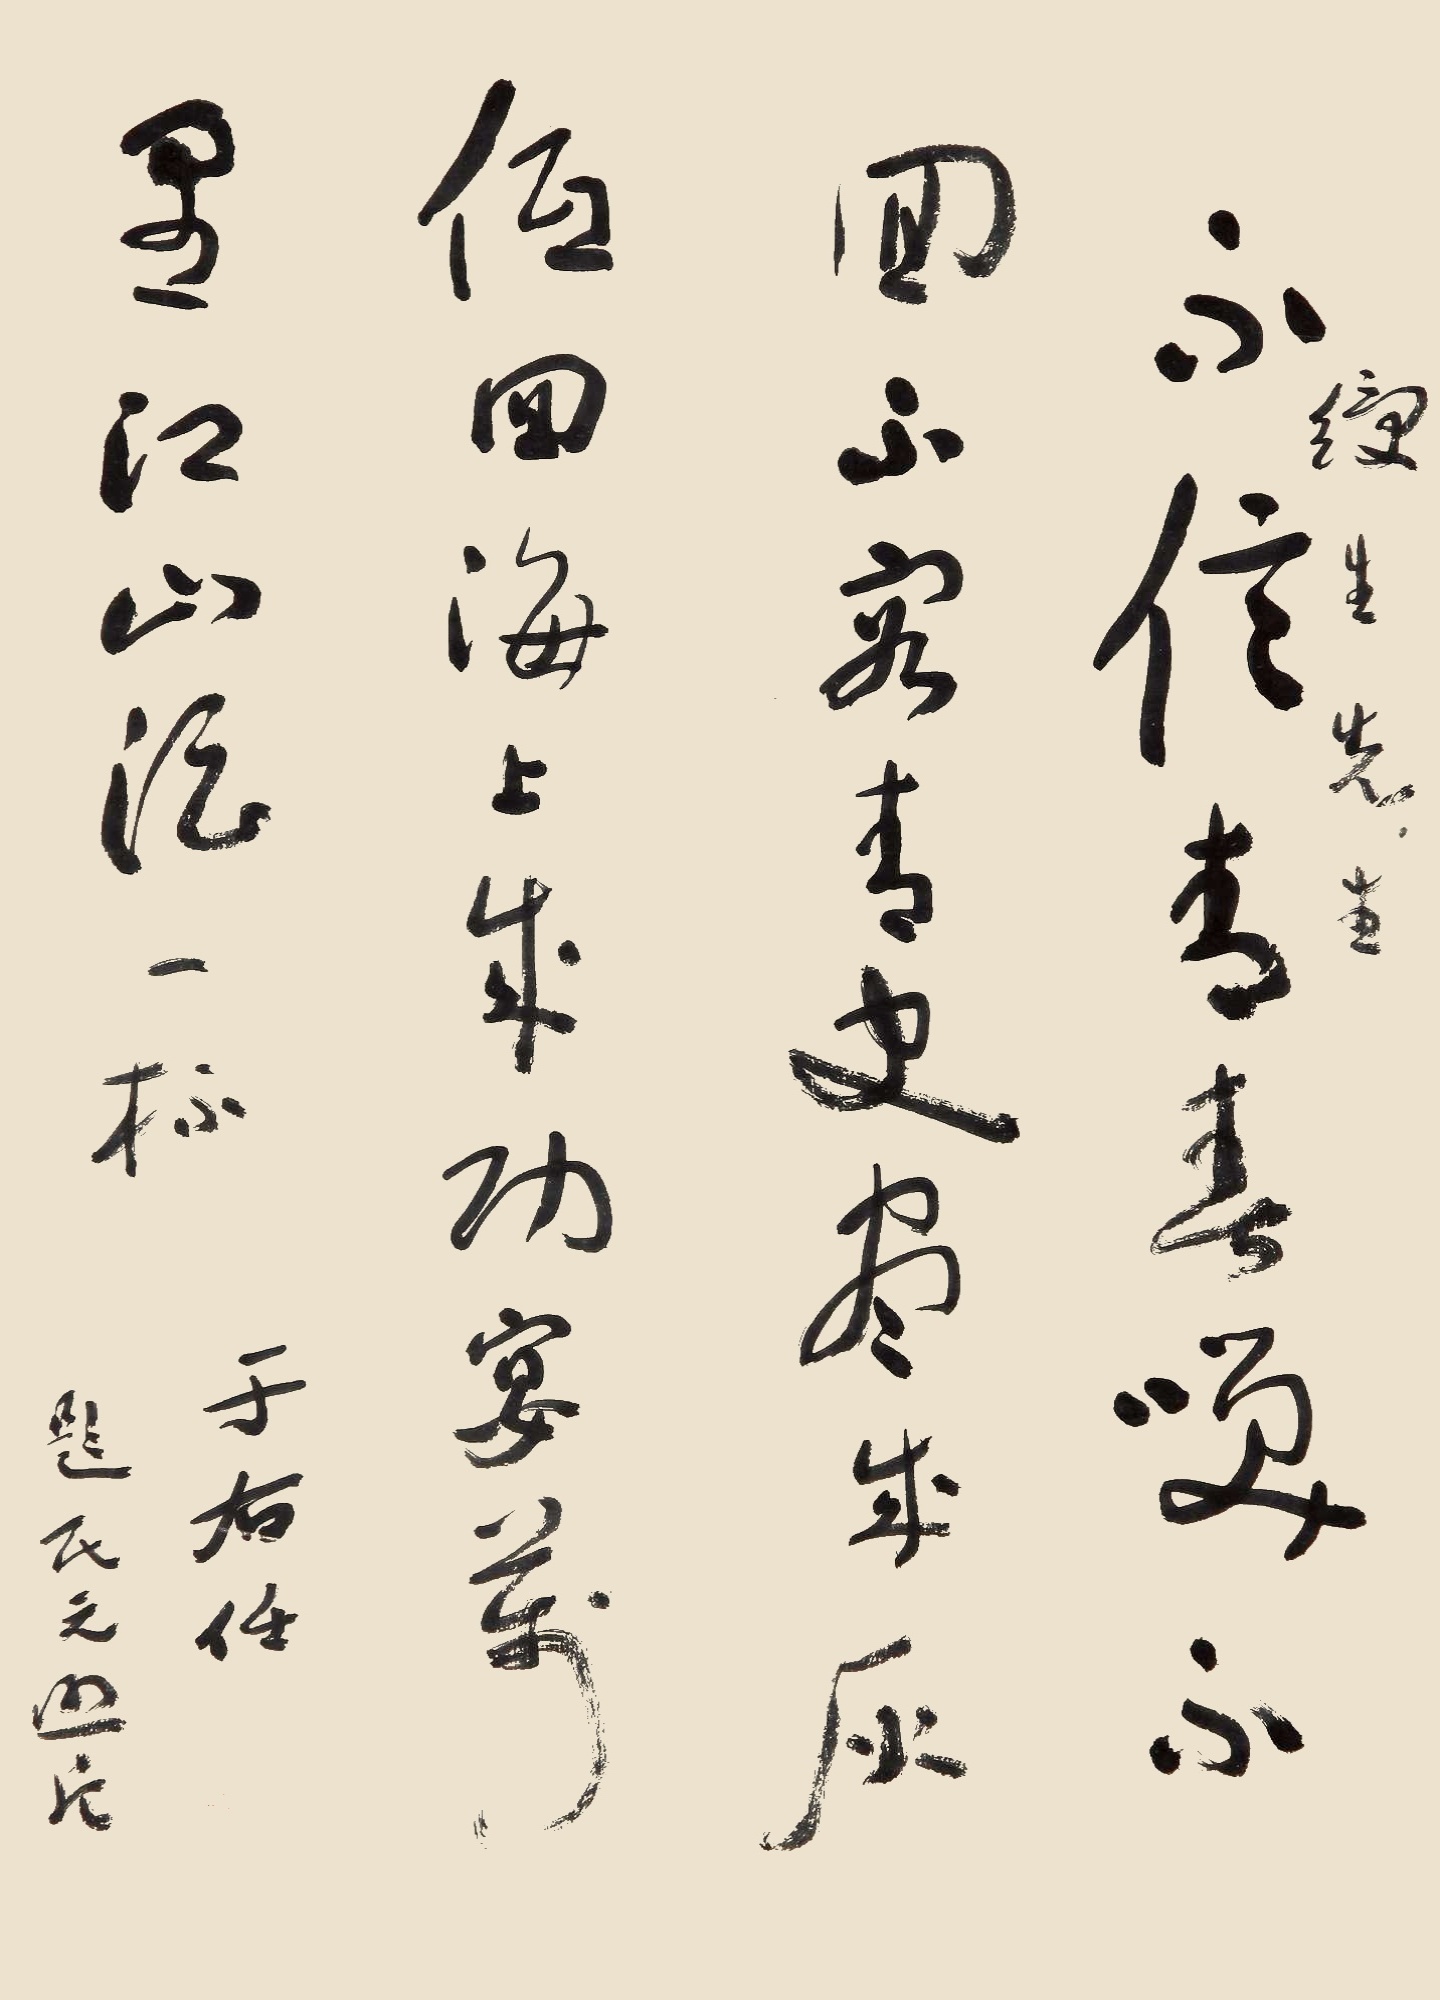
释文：不信青春唤不回，不容青史尽成灰。低徊海上成功宴，万里江山酒一杯。绶生先生，于右任题民元照片。